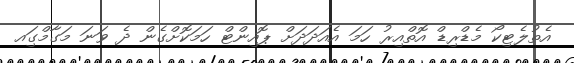
އެތުލެޓިކޯ މެޑްރިޑް އޮތްއިރު ހަމަ އެއަދަދަށް ޕޮއިންޓް ހަމަކޮށްގެން ދެ ވަނަ މަގާމްގަިއ